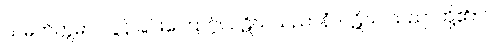
သမတိက္ကမာ၊ လွန်ခြင်းကြောင့်။ ပဋိဃသညာနံ၊ ပဋိဃ သညာတို့၏။ ဝါ၊